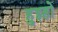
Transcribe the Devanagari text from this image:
हुइहो